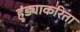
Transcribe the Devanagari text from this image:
हुंड्याकरिता